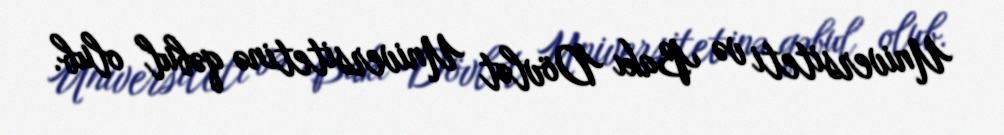
Universiteti və Bakı Dövlət Universitetinə qəbul olub.